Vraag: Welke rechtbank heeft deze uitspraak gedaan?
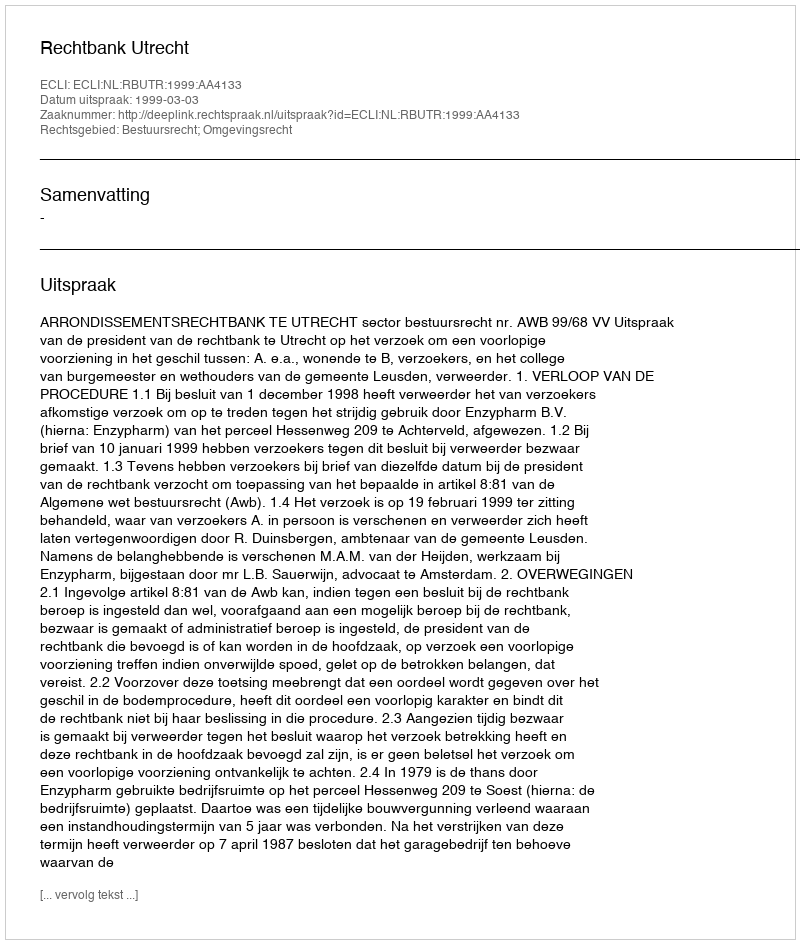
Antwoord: Rechtbank Utrecht